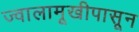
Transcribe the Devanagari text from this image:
ज्वालामूखीपासून